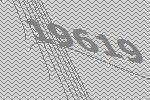
19619